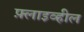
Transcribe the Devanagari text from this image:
फ़्लाइव्हील